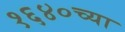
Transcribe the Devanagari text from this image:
१६४०च्या